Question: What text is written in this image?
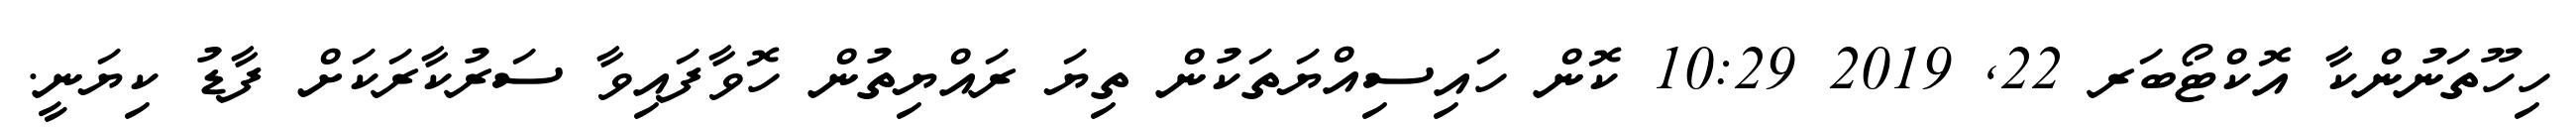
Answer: ހިހޫތަނުންކާ އޮކްޓޯބަރ 22, 2019 10:29 ކޮން ހައިސިއްޔަތަކުން ތިޔަ ރައްޔިތުން ހޮވާފައިވާ ސަރުކާރަކަށް ފާޑު ކިޔަނީ.